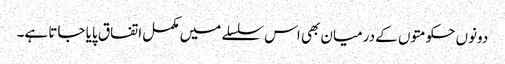
دونوں حکومتوں کے درمیان بھی اس سلسلے میں مکمل اتفاق پایا جاتا ہے۔